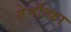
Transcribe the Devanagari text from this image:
तेर्नाव्का